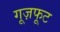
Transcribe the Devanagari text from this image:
गूज़फूट